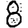
Digit: 8